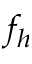
f _ { h }